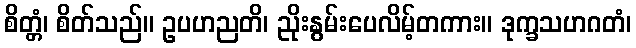
စိတ္တံ၊ စိတ်သည်။ ဥပဟညတိ၊ ညိုးနွမ်းပေလိမ့်တကား။ ဒုက္ခသဟဂတံ၊